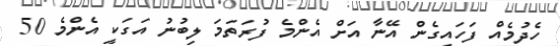
ހެދުމެއް ފަހައިގެން އޭނާ އަށް އެންމެ ފުރަތަމަ ލިބުނު އަގަކީ އެންމެ 50